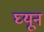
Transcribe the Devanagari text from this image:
घ्यून